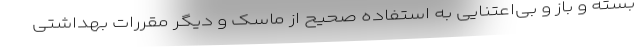
بسته و باز و بی‌اعتنایی به استفاده صحیح از ماسک و دیگر مقررات بهداشتی